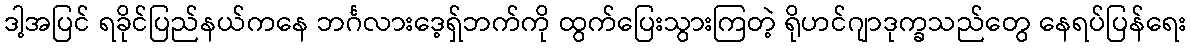
ဒါ့အပြင် ရခိုင်ပြည်နယ်ကနေ ဘင်္ဂလားဒေ့ရှ်ဘက်ကို ထွက်ပြေးသွားကြတဲ့ ရိုဟင်ဂျာဒုက္ခသည်တွေ နေရပ်ပြန်ရေး